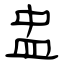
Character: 盅